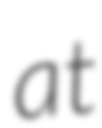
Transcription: at